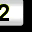
Digit: 2